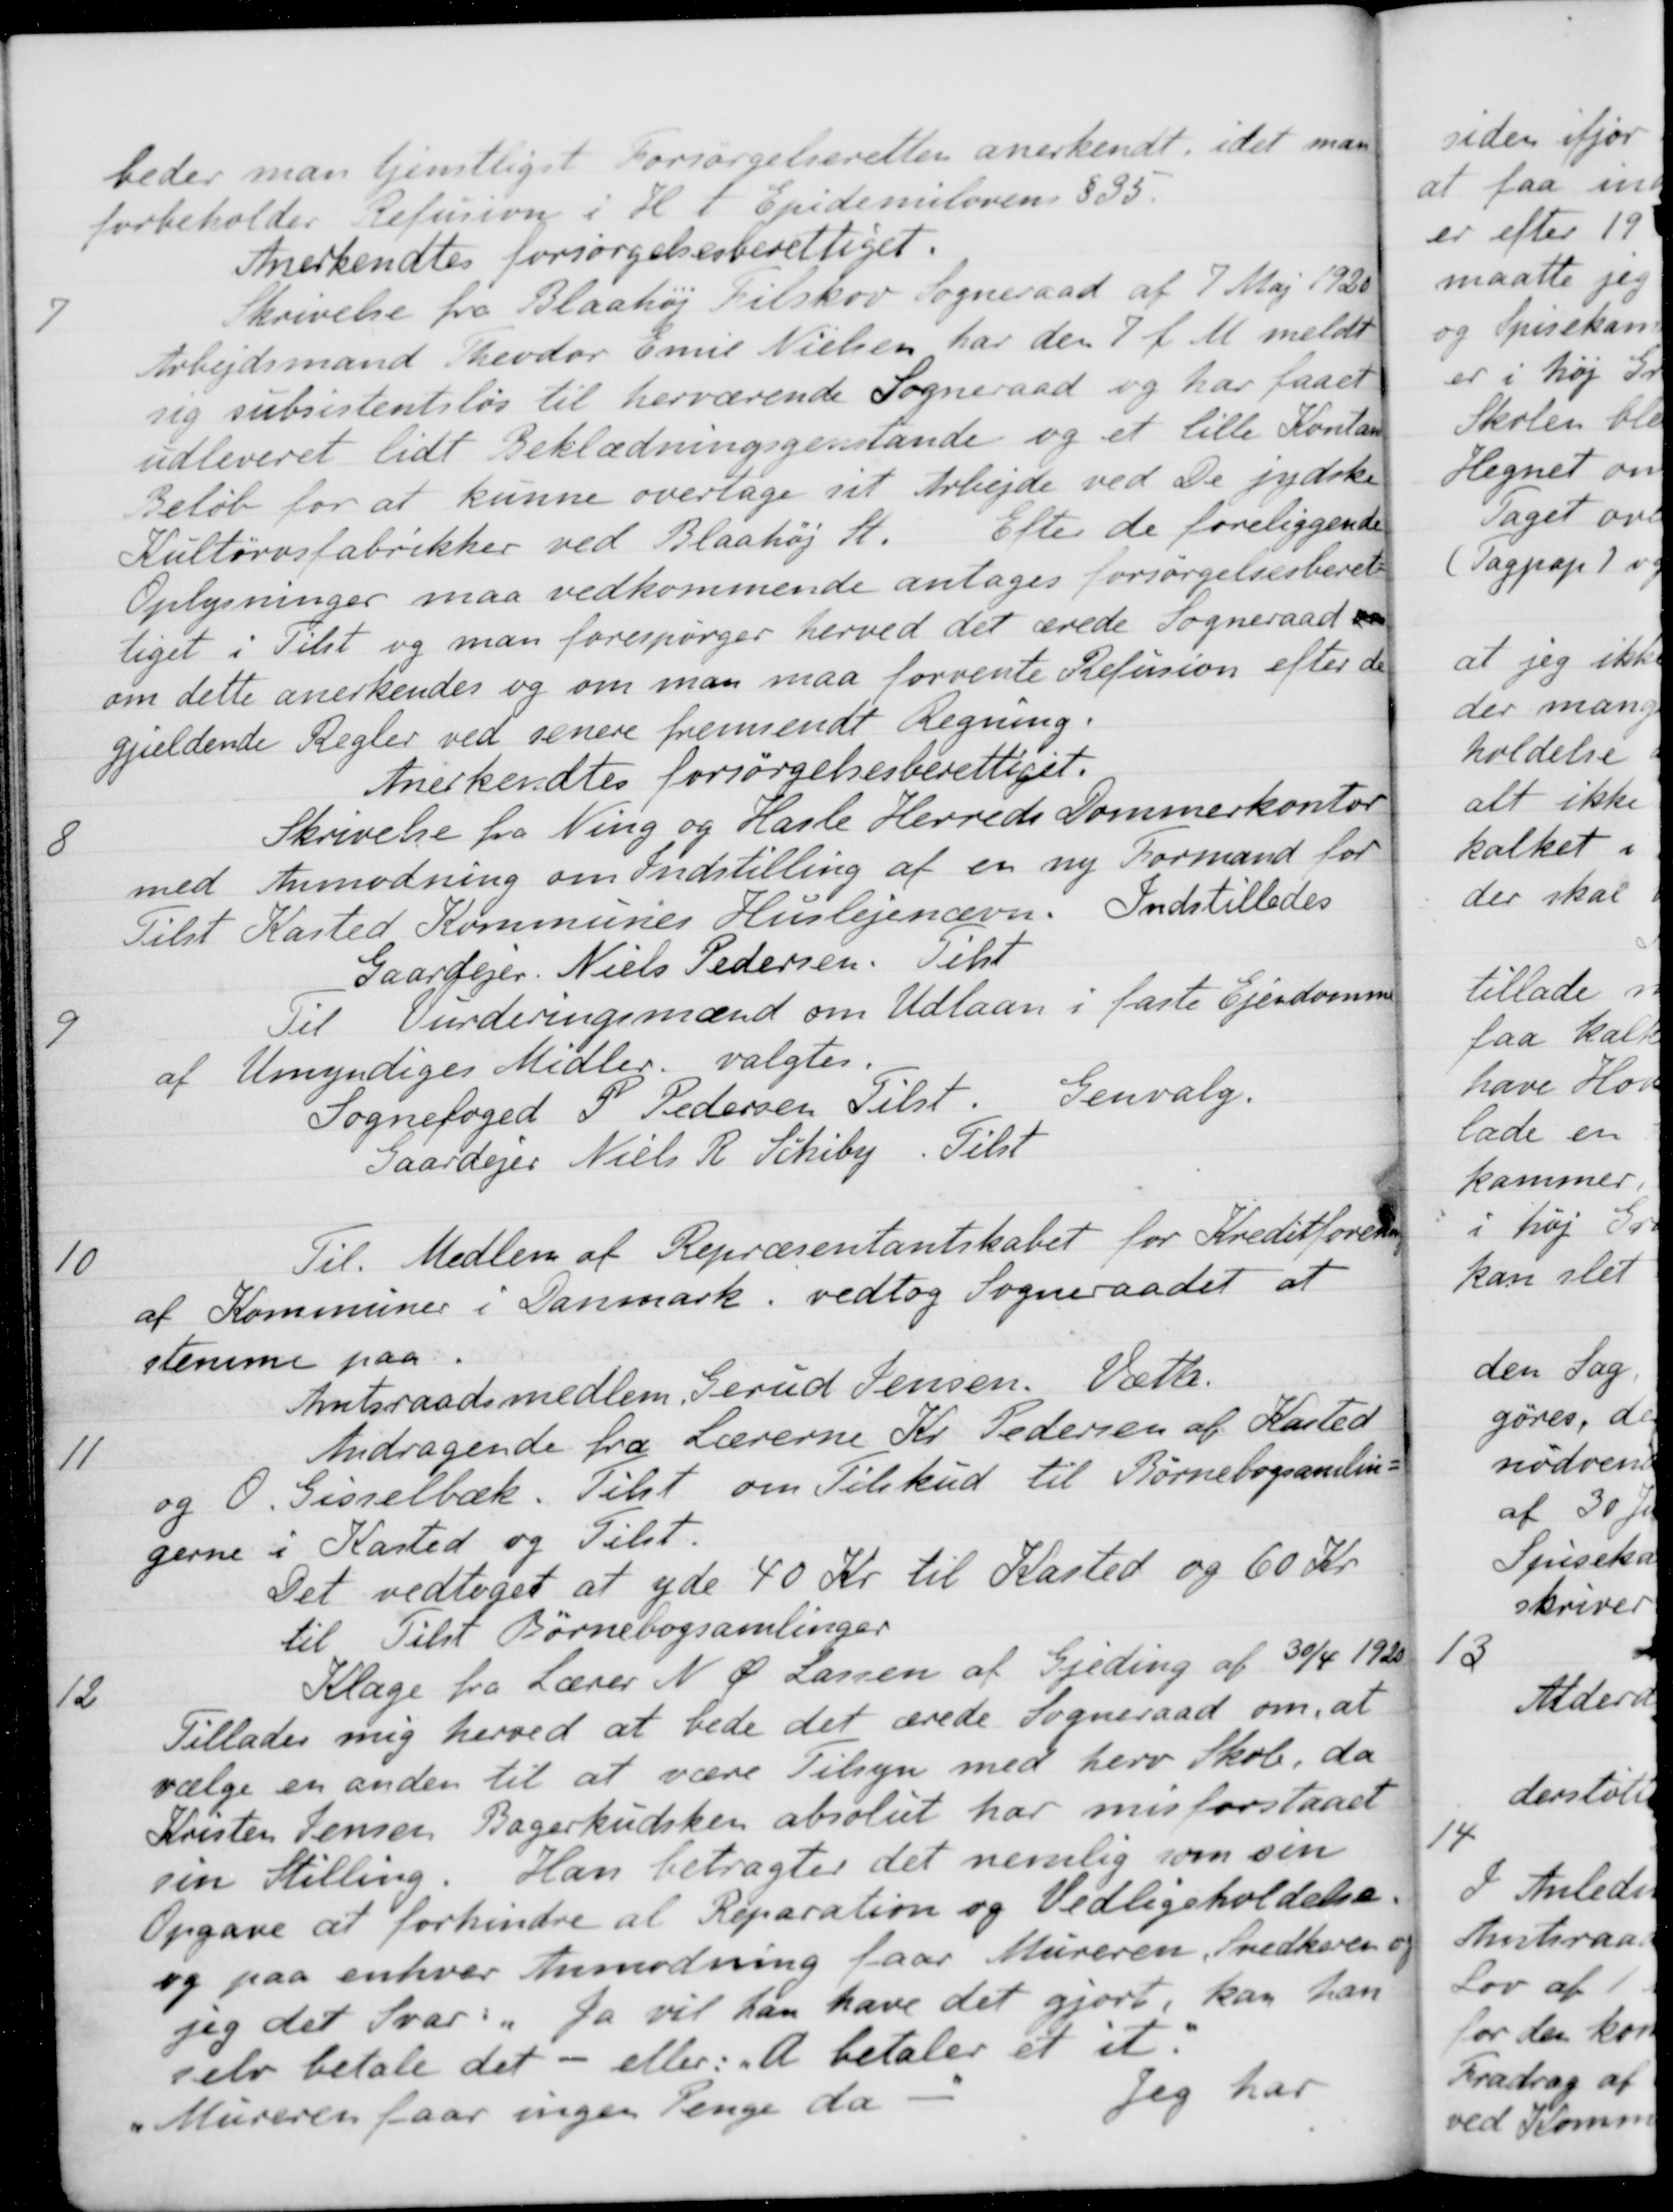
Transskription:
beder man tjenstliget forsørgelseretten anerkendt, idet man
forbeholder Refusion i H. t. Epidemiloven § 35.
Anerkendtes forsørgelsesberettiget.
7
Skrivelse fra Blaahøj Filskov Sogneraad af 7 Maj 1920
Arbejdsmand Theodor Emil Nielsen har den 7 f. M. meldt
sig subsistentsløs til herværende Sogneraad og har faaet
udleveret lidt Beklædningsgenstande og et lille Kontant
Beløb for at kunne overtage sit Arbejde ved De jydske
Kultørvsfabrikker ved Blaahøj St
Efter de foreliggende
Oplysninger maa vedkommende antages forsørgelsesberet-
tiget i Tilst og man forespørger herved det ærede Sogneraad
om dette anerkendes og om man maa forvente Refusion efter de
gjældende Regler ved senere fremsendt Regning.
Anerkendtes forsørgelsesberettiget.
8
Skrivelse fra Ning og Hasle Herreds Dommerkontor
med Anmodning om Indstilling af en ny Formand for
Tilst Kasted Kommunes Huslejenævn. Indstilledes
Gaardejer. Niels Pedersen. Tilst
9
Til Vurderingsmænd om Udlaan i faste Ejendomme
af Umyndiges Midler valgtes.
Sognefoged P. Pedersen Tilst. Genvalg.
Gaardejer Niels R. Schiby. Tilst
10
Til. Medlem af Repræsentantskabet for Kreditforening
af Kommuner i Danmark, vedtog Sogneraadet at
stemme paa.
Amtsraadsmedlem, Gerud Jensen. Væth.
11
Andragende fra Lærerne Kr. Pedersen af Kasted
og 0. Gisselbæk. Tilst om Tilskud til Børnebogsamling
gerne i Kasted og Tilst.
Det vedtoges at yde 40 Kr. til Kasted og 60 Kr.
til Tilst Børnebogsamlinger
12
Klage fra Lærer N. Ø. Larsen af Gjeding af 30/4 1920
Tillader mig herved at bede det ærede Sogneraad om, at
vælge en anden til at være Tilsyn med herv Skole, da
Kristen Jensen, Bagerkudsken absolut har misforstaaet
sin Stilling. Han betragter det nemlig som sin
Opgave at forhindre al Reparation og Vedligeholdelse.
og paa enhver Anmodning faar Mureren, Snedkeren og
jeg det Svar: "Ja vil han have det gjort, kan han
selv betale det - eller: "A betaler et it"
"Mureren faar ingen Penge da
Jeg har